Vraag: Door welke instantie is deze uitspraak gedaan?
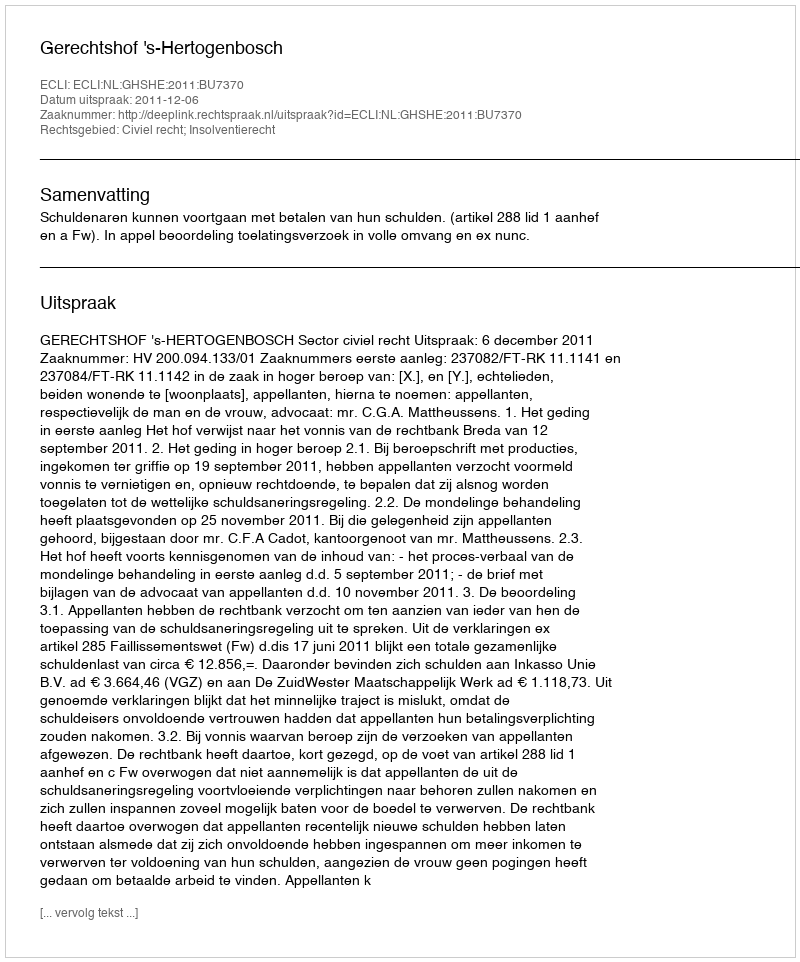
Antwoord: Gerechtshof 's-Hertogenbosch